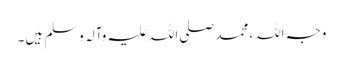
وجہ اللہ، محمد صلی اللہ علیہ وآلہ وسلم ہیں۔